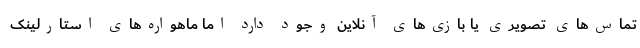
تماس‌های تصویری یا بازی‌های آنلاین وجود دارد اما ماهواره‌های استارلینک